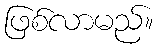
ဖြစ်လာမည်။